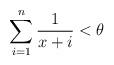
LaTeX: \begin{align*}\sum_{i=1}^n \frac{1}{x+i} < \theta\end{align*}